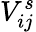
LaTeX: V_{ij}^{s}